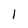
Character: 1